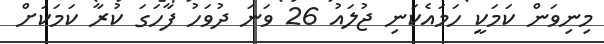
މިނިވަން ކަމަކީ ހަމައެކަނި ޖުލައު 26 ވަނަ ދުވަހު ފާހަގަ ކުރާ ކަމަކަށް